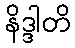
နိဒ္ဒါတိ